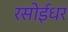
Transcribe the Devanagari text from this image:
रसोईधर